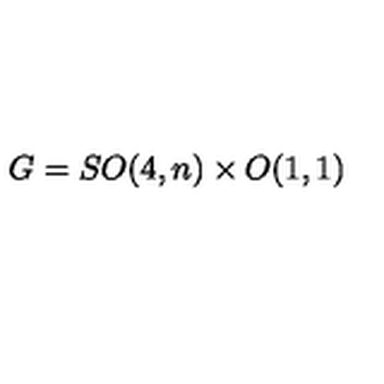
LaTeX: G = S O ( 4 , n ) \times O ( 1 , 1 )